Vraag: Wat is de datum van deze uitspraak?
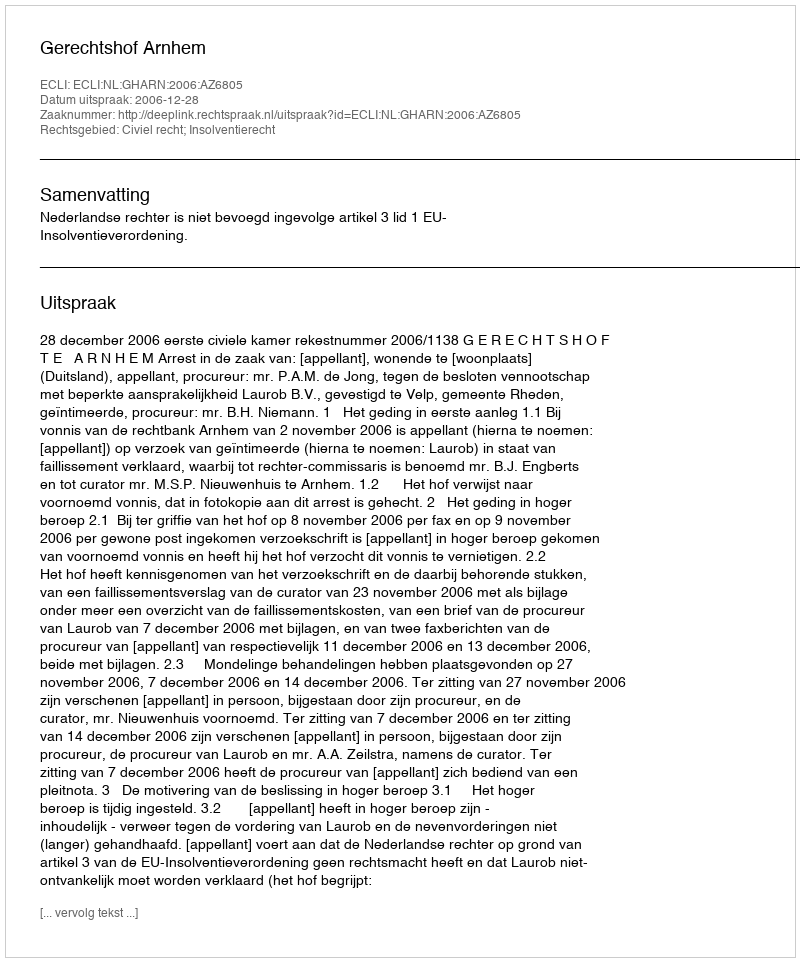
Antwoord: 2006-12-28